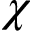
\chi